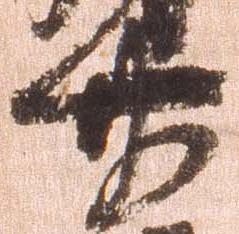
廿